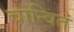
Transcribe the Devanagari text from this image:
चान्वितं